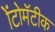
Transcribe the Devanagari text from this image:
ॲटोमॅटीक